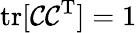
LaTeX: \mathrm{tr}[\mathcal{C}\mathcal{C}^{\mathrm{T}}]=1